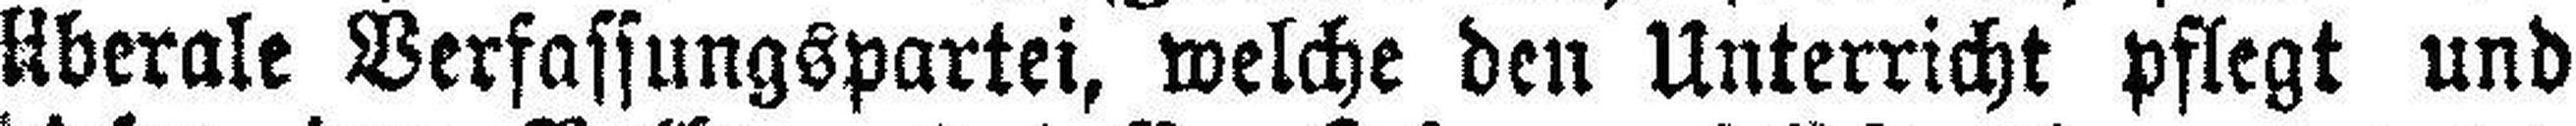
liberale Verfassungspartei, welche den Unterricht pflegt und